Vaccination North-Western Provinces and Oudh 1878-1895 - 1878-1895
Year: 1878
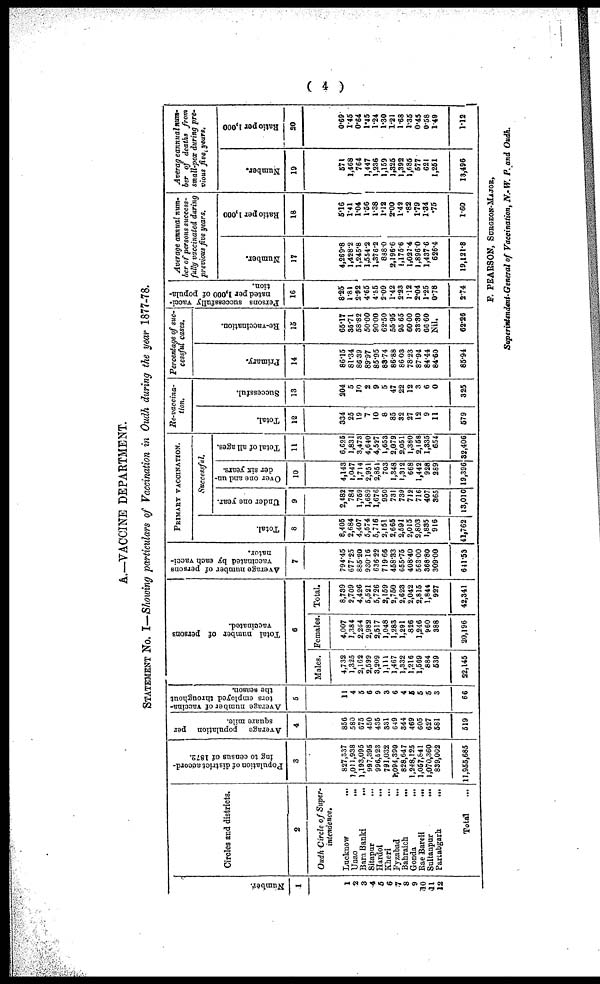
( 4 )
A.—VACCINE DEPARTMENT.
STATEMENT No. I—Showing particulars of Vaccination in Oudh during the year 1877-78.
Number.
1
1
2
3
4
5
6
7
8
9
10
11
12
Circles and districts.
2
Oudh Circle of Super-
intendence.
Lucknow ...
Unao ...
Bara Banki ...
Sitapur ...
Hardoi ...
kheri ...
Fyzabad ...
Bahraich ...
Gonda ...
Rae Bareli ...
Sultanpur ...
Partabgarh
...
Total ...
Population of district accord-
ing to census of 1872.
3
827,337
1,011,938
1,193,095
997,395
996,523
791,032
1,094,390
828,647
1,248,125
1,057,841
1,070,360
839,002
11,955,665
Average
population
per
square mile.
4
856
580
675
450
435
331
649
344
469
605
627
581
519
A
verage number of vaccina-
tors employed throughout
the Reason.
5
11
4
5
6
9
3
6
4
5
5
5
3
66
Total number of persons
vaccinated.
6
Males.
4,732
1,325
2,162
2,599
3,209
1,111
1,467
1,332
1,216
1,569
884
539
22,145
Females.
4,007
1,384
2,264
2,982
2,517
1,048
1,283
1,291
826
1,246
960
388
20,196
Total.
8,739
2,709
4,426
5,521
5,726
2,159
2,750
2,623
2,042
2,815
1,844
927
42,341
Average number of persons
vaccinated by each vacci-
nator.
7
794.45
677.25
885.20
930.16
636.22
719.66
458.33
655.75
408.40
563.00
368.80
309.00
611.53
PRIMARY VACCINATION.
Total.
8
8,405
2,684
4,407
5,574
5,716
2,151
2,665
2,591
2,015
2,803
1,835
916
41,762
Successful.
Under one year.
9
2,482
784
1,759
1,689
1,676
950
731
739
712
716
407
365
13,010
Over one and un-
der six years.
10
4,143
1,047
1,714
2,951
2,851
703
1,348
1,312
668
1,442
928
289
19,396
Total of all ages.
11
6,625
1,831
3,473
4,640
4,527
1,653
2,079
2,051
1,380
2,158
1,335
654
32,406
Re-vaccina-
tion.
Total.
12
334
25
19
7
10
8
85
32
27
12
9
11
579
Successful.
13
204
5
10
2
9
5
47
22
12
3
6
0
325
Percentage of suc-
cessful cases.
Primary.
14
86.15
81.34
86.39
89.97
85.95
83.74
86.88
86.03
78.23
87.94
84.44
84.60
85.94
Re-vaccination.
15
65.17
35.71
58.82
50.00
90.00
62.50
55.95
95.65
60.00
38.30
66.60
Nil.
62.26
Persons successfully vacci-
nated per 1,000 of popula-
tion.
16
8.25
1.81
2.92
4.65
4.55
2.09
1.42
2.23
1.12
2.04
1.25
0.78
2.74
Average annual num-
ber of persons success-
fully vaccinated during
previous five years.
Number.
17
4,269.8
1,428.2
1,245.8
1,554.2
1,376.2
888.0
2,196.6
1,175.6
1,027.4
1,896.0
1,437.6
626.4
19,121.8
Ratio per 1,000
18
5.16
1.41
1.04
1.56
1.38
1.12
2.00
1.42
.82
1.79
1.34
.75
1.60
Average annual num-
ber of deaths from
small-pox during pre-
vious five, years.
Number.
19
571
1,468
764
1,447
1,236
1,159
1,325
1,392
1,685
577
621
1,251
13,496
Ratio per 1,000
20
0.69
1.45
0.64
1.45
1.24
1.30
1.21
1.68
1.35
0.45
0.58
1.49
1.12
F. PEARSON, SURGEON-MAJOR,
Superintendent-General of Vaccination, N.- W. P. and Oudh.